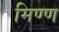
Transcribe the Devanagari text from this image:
मिण्ण